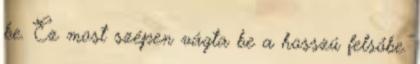
be. Ez most szépen vágta be a hosszú felsőbe.